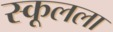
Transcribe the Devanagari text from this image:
स्कूलला